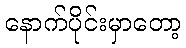
နောက်ပိုင်းမှာတော့